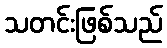
သတင်းဖြစ်သည်